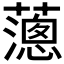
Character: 𦿞